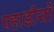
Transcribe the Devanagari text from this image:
पहाडीयों